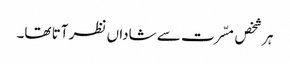
ہر شخص مسّرت سے شاداں نظر آتا تھا۔